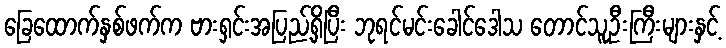
ခြေထောက်နှစ်ဖက်က ဗားရှင်းအပြည့်ရှိပြီး ဘုရင်မင်းခေါင်ဒေါသ တောင်သူဦးကြီးများနှင့်